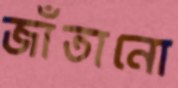
জাঁতানো